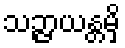
သဉ္ဇာယန္တမှိ